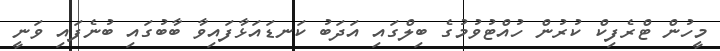
މީހުން ޓްރެފިކް ކުރުން ހުއްޓުވުމުގެ ބިލްގައި އަދަބު ކަނޑައަޅާފައިވާ ބާބުގައި ބުނެފައި ވަނީ